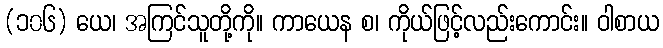
(၁၀၆) ယေ၊ အကြင်သူတို့ကို။ ကာယေန စ၊ ကိုယ်ဖြင့်လည်းကောင်း။ ဝါစာယ